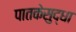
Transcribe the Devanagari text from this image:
पातकेसुद्धा